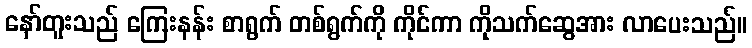
နော်တူးသည် ကြေးနန်း စာရွက် တစ်ရွက်ကို ကိုင်ကာ ကိုသက်ဆွေအား လာပေးသည်။